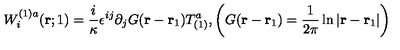
W _ { i } ^ { ( 1 ) a } ( { \bf r } ; 1 ) = \frac { i } { \kappa } \epsilon ^ { i j } \partial _ { j } G ( { \bf r } - { \bf r } _ { 1 } ) T _ { ( 1 ) } ^ { a } , \left( G ( { \bf r } - { \bf r } _ { 1 } ) = \frac { 1 } { 2 \pi } \ln | { \bf r } - { \bf r } _ { 1 } | \right)